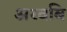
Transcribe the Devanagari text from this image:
अरवबि